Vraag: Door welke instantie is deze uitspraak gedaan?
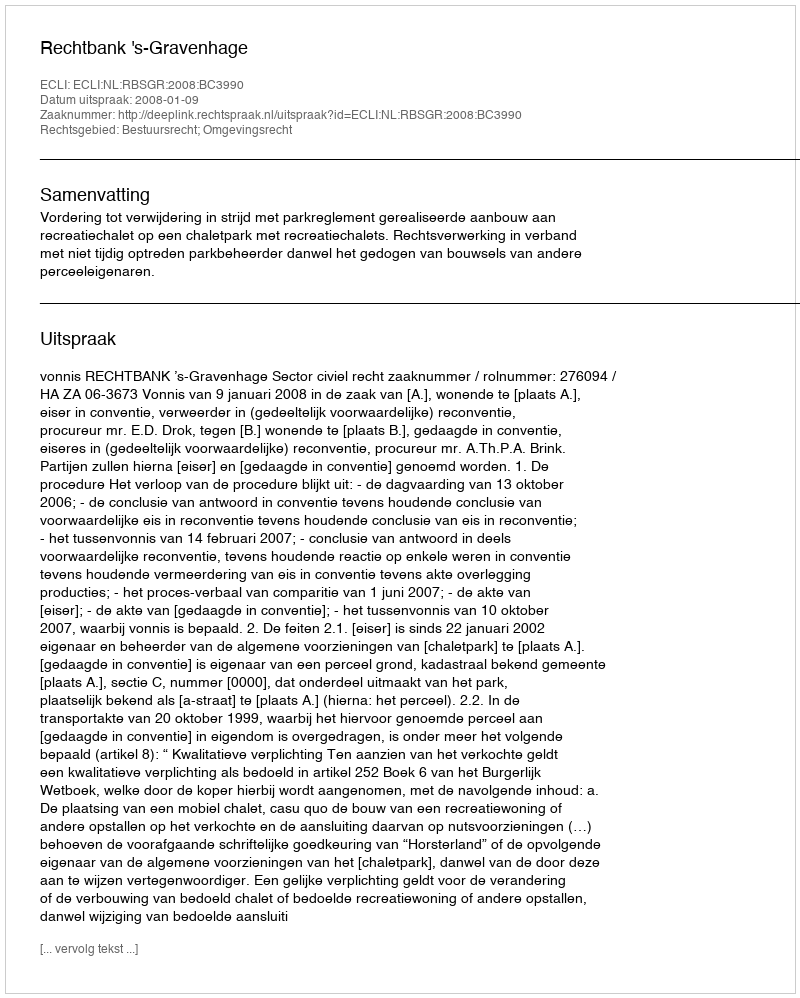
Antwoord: Rechtbank 's-Gravenhage